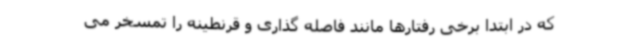
که در ابتدا برخی رفتارها مانند فاصله گذاری و قرنطینه را تمسخر می‌